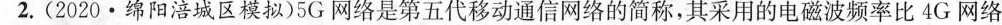
2.(2020·绵阳涪城区模拟)5G网络是第五代移动通信网络的简称，其采用的电磁波频率比4G网络